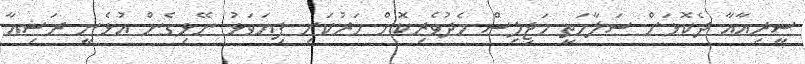
ސީރިއާއާ ދެކޮޅަށް ސަލާމަތީ މަޖިލިސް މެދުވެރިކޮށް ހަރުކަށި ފިޔަވަޅު ނޭޅިގެން އުޅެނީ ރަޝިއާ